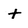
Character: t